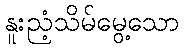
နူးညံ့သိမ်မွေ့သော